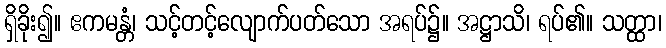
ရှိခိုး၍။ ဧကမန္တံ၊ သင့်တင့်လျောက်ပတ်သော အရပ်၌။ အဋ္ဌာသိ၊ ရပ်၏။ သတ္ထာ၊